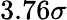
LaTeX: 3.76\sigma